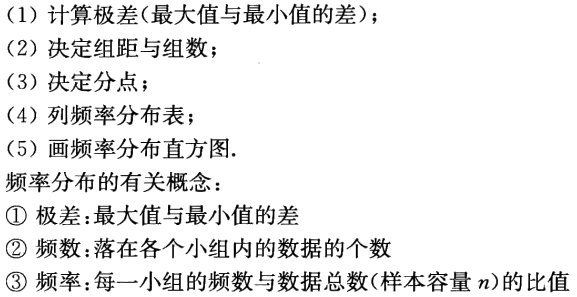
(1) 计算极差(最大值与最小值的差)；
(2) 决定组距与组数；
(3) 决定分点；
(4) 列频率分布表；
(5) 画频率分布直方图.
频率分布的有关概念：
\textcircled{1} 极差:最大值与最小值的差
\textcircled{2} 频数:落在各个小组内的数据的个数
\textcircled{3} 频率:每一小组的频数与数据总数(样本容量\(n\))的比值